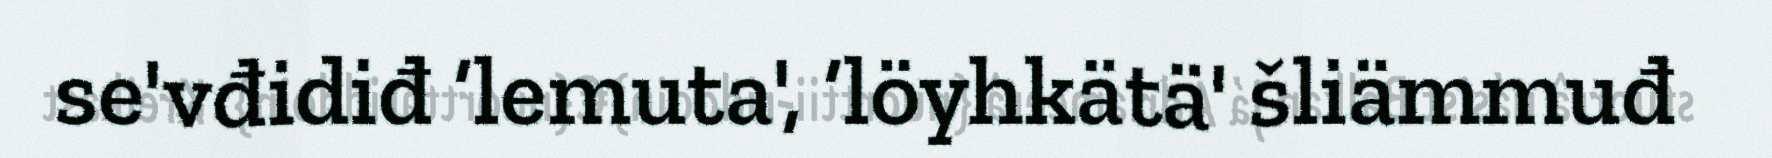
se'vđidiđ ‘lemuta', ‘löyhkätä' šliämmuđ